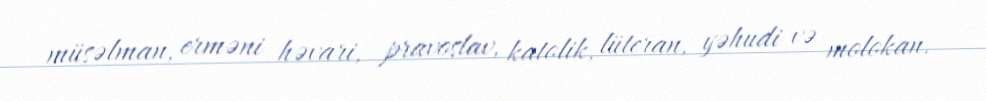
müsəlman, erməni həvari, pravoslav, katolik, lüteran, yəhudi və molokan.